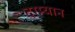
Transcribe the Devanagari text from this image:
दरम्‍यान